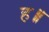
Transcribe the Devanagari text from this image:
ह॥